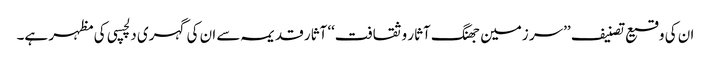
ان کی وقیع تصنیف ’’سر زمین جھنگ آثار و ثقافت‘‘ آثار قدیمہ سے ان کی گہری دلچسپی کی مظہر ہے۔